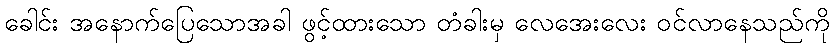
ခေါင်း အနောက်ပြေသောအခါ ဖွင့်ထားသော တံခါးမှ လေအေးလေး ဝင်လာနေသည်ကို